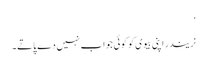
‘
نریندر اپنی بیوی کو کوئی جواب نہیں دے پاتے۔